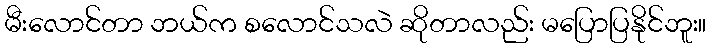
မီးလောင်တာ ဘယ်က စလောင်သလဲ ဆိုတာလည်း မပြောပြနိုင်ဘူး။